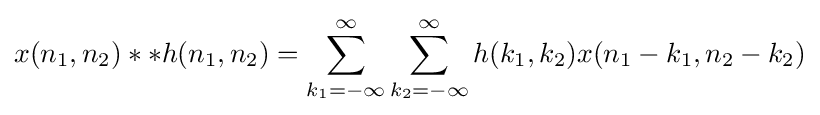
x(n_{1},n_{2})**h(n_{1},n_{2})=\sum _{k_{1}=-\infty }^{\infty }\sum _{k_{2}=-\infty }^{\infty }h(k_{1},k_{2})x(n_{1}-k_{1},n_{2}-k_{2})